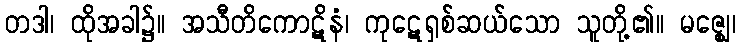
တဒါ၊ ထိုအခါ၌။ အသီတိကောဋိနံ၊ ကုဋေရှစ်ဆယ်သော သူတို့၏။ မဇ္ဈေ၊